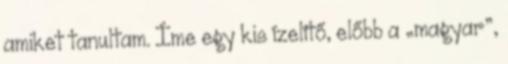
amiket tanultam. Íme egy kis ízelítő, előbb a „magyar”,